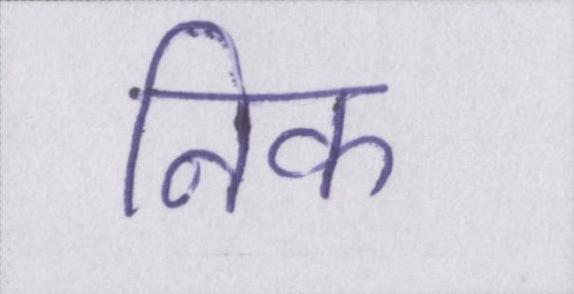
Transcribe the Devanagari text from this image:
निक